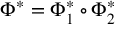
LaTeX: \Phi ^ { * } = \Phi _ { 1 } ^ { * } \circ \Phi _ { 2 } ^ { * }